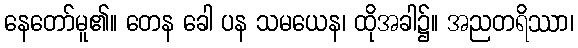
နေတော်မူ၏။ တေန ခေါ ပန သမယေန၊ ထိုအခါ၌။ အညတရိဿာ၊